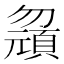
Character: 𱑂